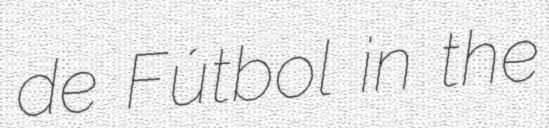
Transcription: de Fútbol in the